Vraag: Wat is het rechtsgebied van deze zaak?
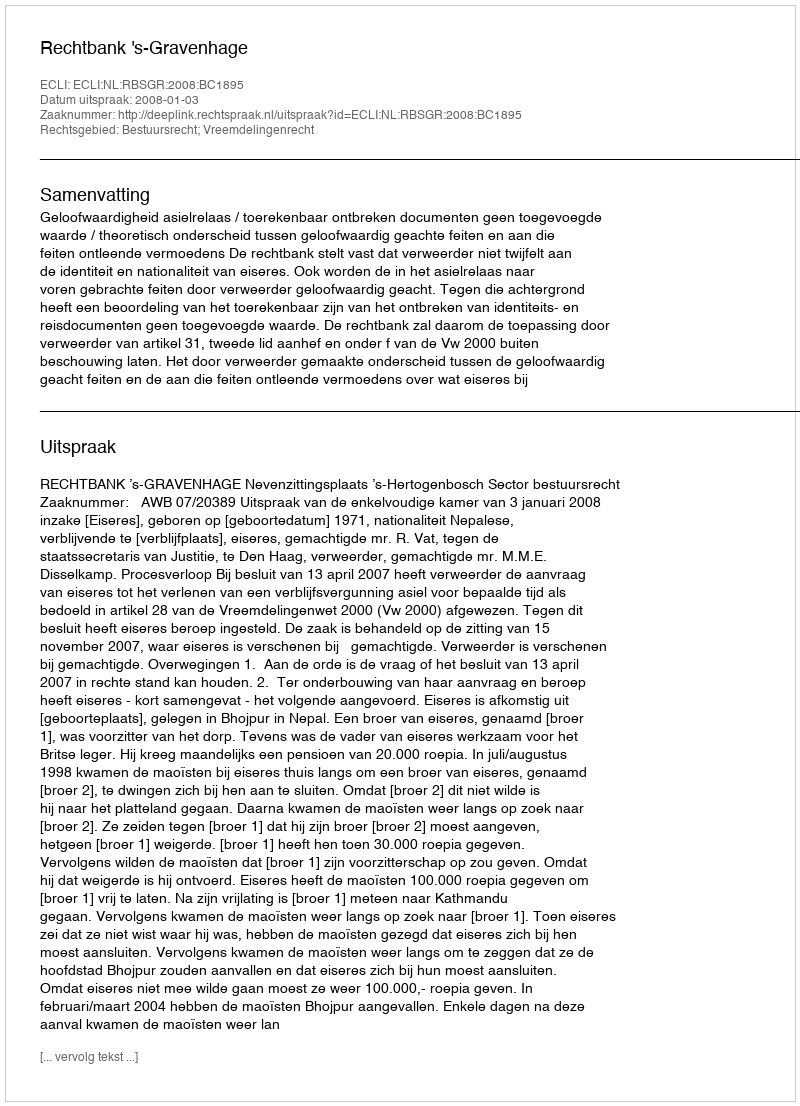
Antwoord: Bestuursrecht; Vreemdelingenrecht